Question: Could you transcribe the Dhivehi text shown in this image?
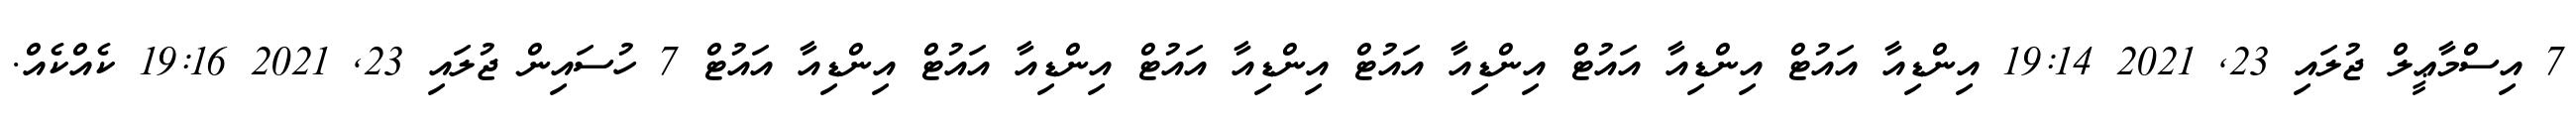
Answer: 7 އިސްމާޢީލް ޖުލައި 23, 2021 19:14 އިންޑިއާ އައުޓް އިންޑިއާ އައުޓް އިންޑިއާ އައުޓް އިންޑިއާ އައުޓް އިންޑިއާ އައުޓް އިންޑިއާ އައުޓް 7 ހުސައިން ޖުލައި 23, 2021 19:16 ކެއްކެއް.